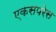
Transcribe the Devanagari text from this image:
एकसपरेस